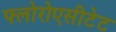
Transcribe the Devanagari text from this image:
फ्लोरोएसीटेट